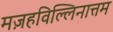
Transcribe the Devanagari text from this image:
मज़हविल्लिनात्तम